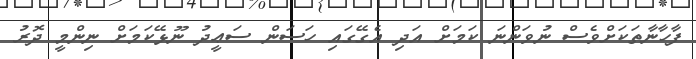
ފާހާނާތަކަށްވެސް ނުވަންނަ ކަމަށް އަދި އެގޭގައި ހަސަން ސަޢީދު ނޫޅޭކަމަށް ނިންމީ ދޮރު